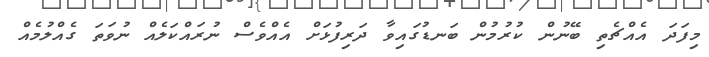
މިފަދަ އެއްޗެތި ބޭނުން ކުރުމުން ބަނޑުގައިވާ ދަރިފުޅަށް އެއްވެސް ނުރައްކަލެއް ނުވަތަ ގެއްލުމެއް